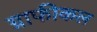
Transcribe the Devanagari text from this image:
ग्राफीकल